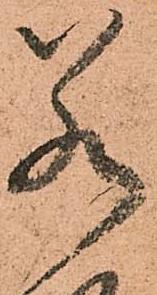
若